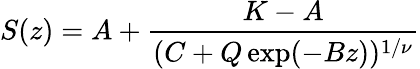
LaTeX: S(z)=A+\frac{K-A}{(C+Q\exp(-Bz))^{1/\nu}}